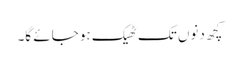
کچھ دنوں تک ٹھیک ہو جائے گا۔